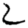
Digit: 2